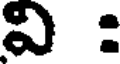
వి :